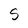
Character: S